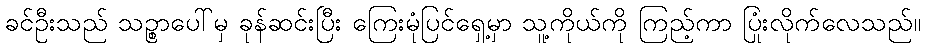
ခင်ဦးသည် သဉ္စာပေါ်မှ ခုန်ဆင်းပြီး ကြေးမုံပြင်ရှေ့မှာ သူ့ကိုယ်ကို ကြည့်ကာ ပြုံးလိုက်လေသည်။